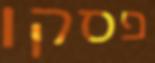
פסקו